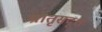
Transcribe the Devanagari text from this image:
भ्रातृसदृश